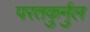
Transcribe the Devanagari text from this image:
परतकुर्नुल